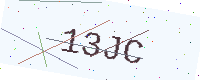
Text: 13JC